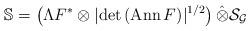
LaTeX: \begin{align*}\mathbb{S} =\left( \Lambda F^{*} \otimes | \mathrm{det}\, ( \mathrm{Ann}\, F) |^{1/2}\right) \hat{\otimes} \mathcal{S}_{\mathcal G}\end{align*}